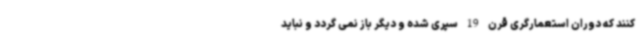
کنند که دوران استعمارگری قرن 19 سپری شده و دیگر باز نمی گردد و نباید